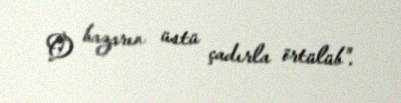
O bazarın üstü çadırla örtülüb".